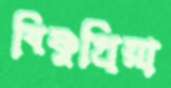
বিষ্ণুপ্রিয়া